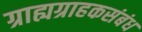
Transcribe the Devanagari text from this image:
ग्राह्यग्राहकसंबंध